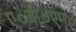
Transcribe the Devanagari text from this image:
ए०बी०एम०